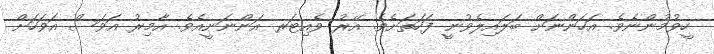
ހީވުމުންނެވެ. އަހަންނަށް ބަލައިލެވުނީ ފަހަތަށެވެ. އޭރު ވެއިޓަރ އަންނަނީއެވެ. އާމިރު އަވަސް އަވަހަށް